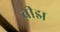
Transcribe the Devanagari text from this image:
बीझ